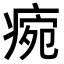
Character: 𤷧